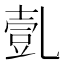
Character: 亄